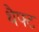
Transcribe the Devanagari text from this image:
थैफ्ट